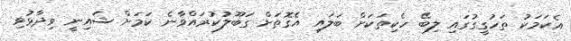
އެކަމަކު ތަހުގީގުގައި ލިބޭ ހެކިތަކަށް ބަލައި އެގޮތަށް ގަބޫލުކުރައްވާނެ ކަމަށް ޝައިނީ ވިދާޅުވި